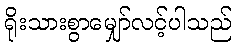
ရိုးသားစွာမျှော်လင့်ပါသည်